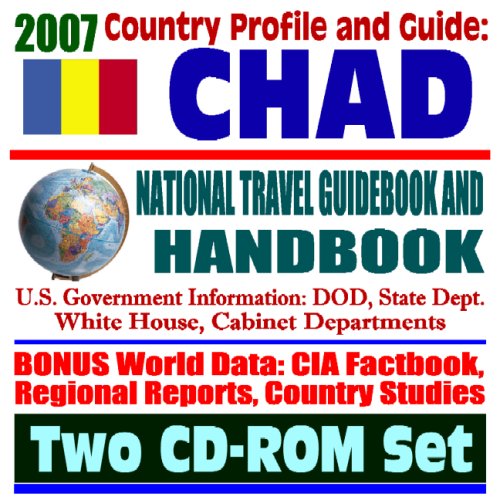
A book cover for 2007 Country Profile and Guide to Chad - National Travel Guidebook and Handbook - Economic Reports, USAID, Commercial Guides, African Business, Sudan and the Darfur Crisis (Two CD-ROM Set); U.S. Government; Travel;